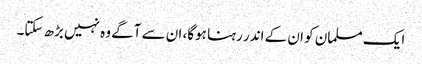
ایک مسلمان کو ان کے اندر رہنا ہوگا، ان سے آگے وہ نہیں بڑھ سکتا۔